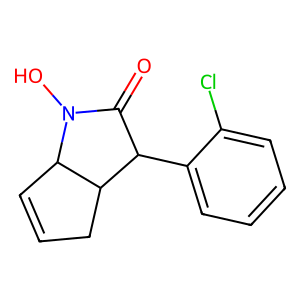
SMILES: O=C1C(c2ccccc2Cl)C2CC=CC2N1O
Inhibits HIV replication: No